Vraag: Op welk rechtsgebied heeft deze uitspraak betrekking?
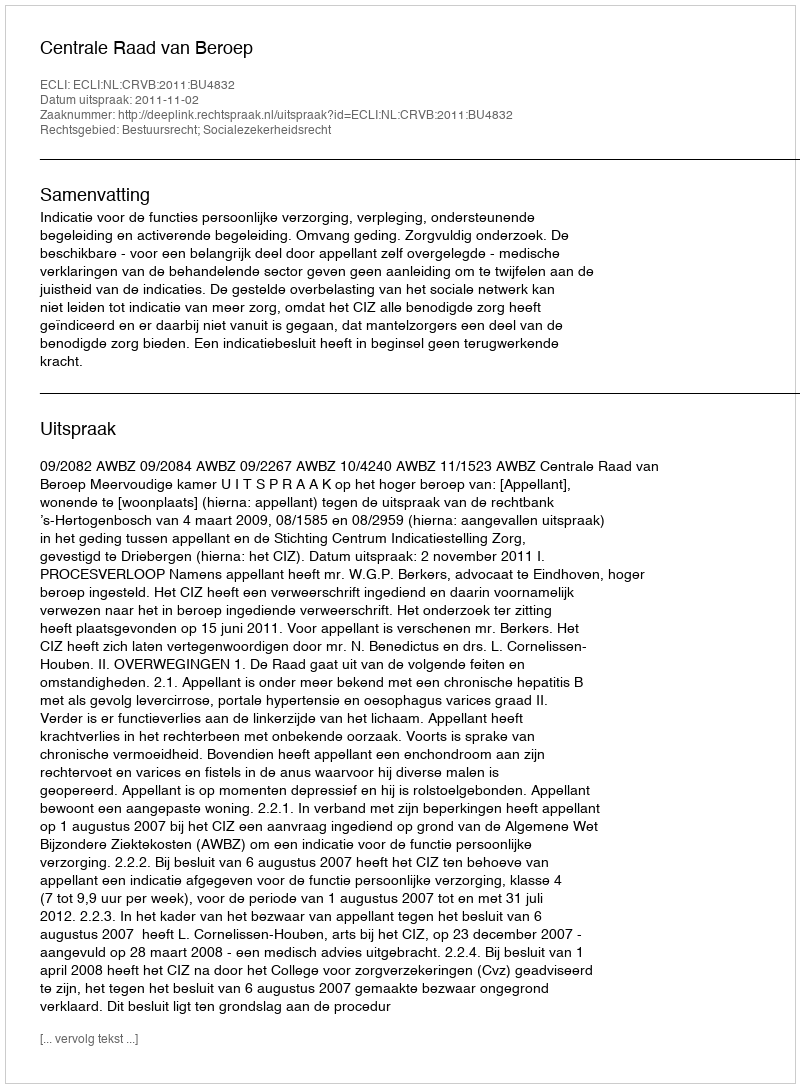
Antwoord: Bestuursrecht; Socialezekerheidsrecht